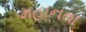
મહાનતા